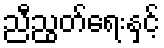
ညီညွတ်ရေးနှင့်